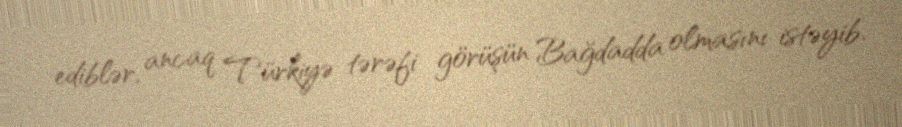
ediblər, ancaq Türkiyə tərəfi görüşün Bağdadda olmasını istəyib.